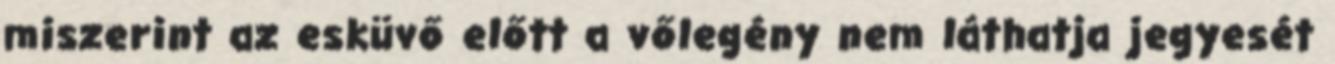
miszerint az esküvő előtt a vőlegény nem láthatja jegyesét